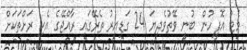
މެޓު އޮފީހުން ބުނީ ވޭތުވެދިޔަ 24 ގަޑިއިރު ތެރޭގައި ރާއްޖޭގެ އެކި ރަށްތަކަށް